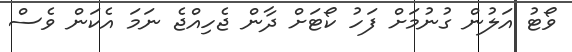
ވޯޓު އަލުން ގުނުމަށް ފަހު ކޯޓަށް ދާން ޖެހިއްޖެ ނަމަ އެކަން ވެސް